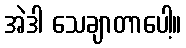
အဲဒါ သေချာတာပေါ့။